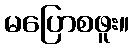
မပြောစဖူး။